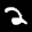
Label: 2